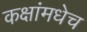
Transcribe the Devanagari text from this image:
कक्षांमधेच